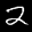
Label: 2